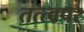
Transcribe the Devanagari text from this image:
तत्त्वपर